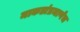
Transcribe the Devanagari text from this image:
माकडांप्रमाणेच